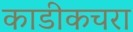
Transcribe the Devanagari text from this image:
काडीकचरा